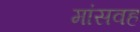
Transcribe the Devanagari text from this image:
मांसवह